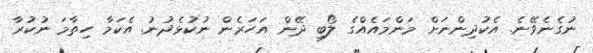
ނުގެނެވޭނެ. އެކުދިންނަށް މަންމައެއްގެ ލޯބި ދޭން އަހަރެން ނުކުޅެދުނު. އެކަމާ ހިތާމަ ނުކުރާ